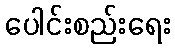
ပေါင်းစည်းရေး